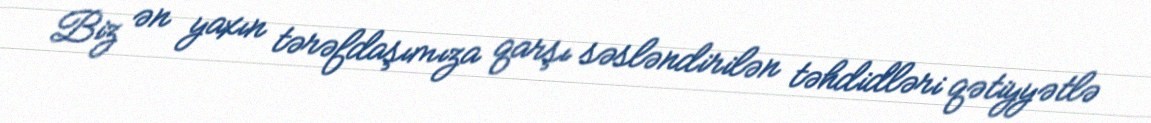
Biz ən yaxın tərəfdaşımıza qarşı səsləndirilən təhdidləri qətiyyətlə